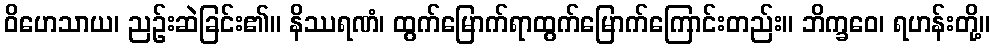
ဝိဟေသာယ၊ ညဉ်းဆဲခြင်း၏။ နိဿရဏံ၊ ထွက်မြောက်ရာထွက်မြောက်ကြောင်းတည်း။ ဘိက္ခဝေ၊ ရဟန်းတို့။